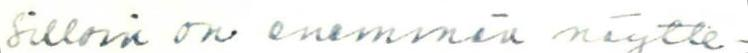
Silloin on enemmän näytte-